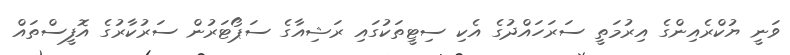
ވަނީ ޔުކްރެއިންގެ އިރުމަތީ ސަރަހައްދުގެ އެކި ސިޓީތަކުގައި ރަޝިއާގެ ސަޕޯޓަރުން ސަރުކާރުގެ އޮފީސްތައް